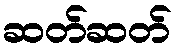
ဆတ်ဆတ်